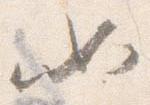
如